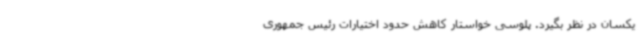
یکسان در نظر بگیرد. پلوسی خواستار کاهش حدود اختیارات رئیس جمهوری